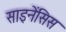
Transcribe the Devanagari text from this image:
साइनेंसिस